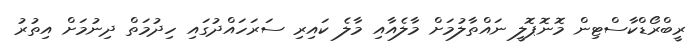
ރީބްރޯޑްކާސްޓިން މޮނޮޕޮލީ ނައްތާލުމަށް މާލެއާއި މާލެ ކައިރި ސަރަހައްދުގައި ހިދުމަތް ދިނުމަށް އިތުރު